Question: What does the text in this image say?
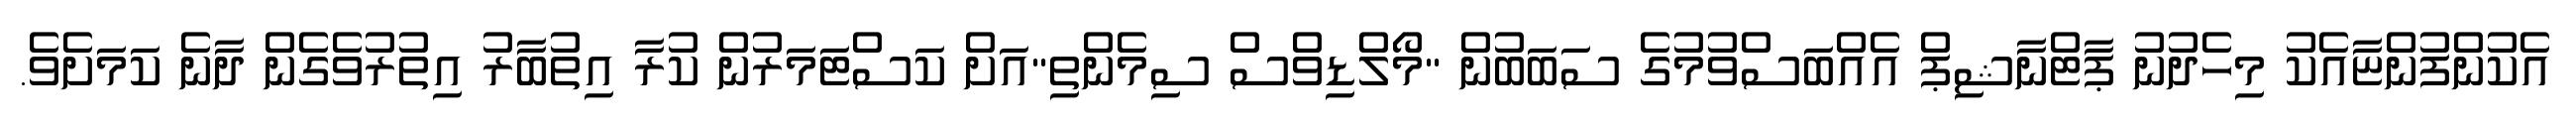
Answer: އެކުންފުންޏާއެކު މިހެދުނު ޕާޓްނާޝިޕް އެއްބަސްވުމުގެ ސަބަބުން "މޯލްޑިވްސް ސިމެންތި"އަށް ކަސްޓަމަރުން ކުރާ އިތުބާރު އިތުރުވެގެން ދާނެ ކަމަށެވެ.